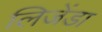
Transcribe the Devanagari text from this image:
लिजेंडा